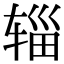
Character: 辎